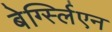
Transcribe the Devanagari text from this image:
बेर्ग्स्लिएन